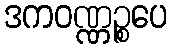
ဒကဝဏ္ဏဉ္စပေ